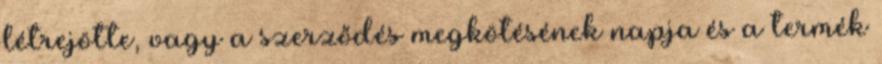
létrejötte, vagy a szerződés megkötésének napja és a termék